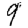
Digit: 9